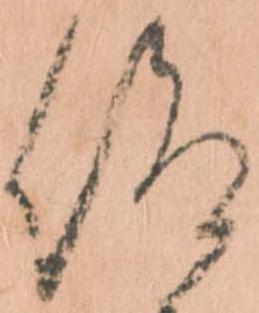
仰